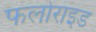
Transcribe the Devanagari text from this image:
फलोराइड